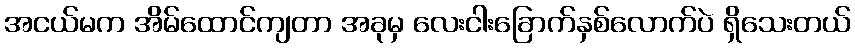
အငယ်မက အိမ်ထောင်ကျတာ အခုမှ လေးငါးခြောက်နှစ်လောက်ပဲ ရှိသေးတယ်